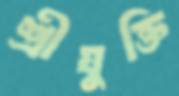
শ্রীযুক্তি